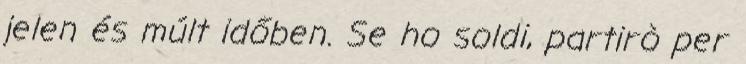
jelen és múlt időben. Se ho soldi, partirò per